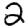
Digit: 2